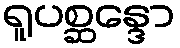
ရူပစ္ဆန္ဒော